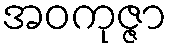
အဝကုဇ္ဇာ